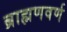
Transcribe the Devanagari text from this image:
ब्राह्मणवर्ण